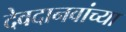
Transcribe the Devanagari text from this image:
देवदानवांच्या